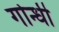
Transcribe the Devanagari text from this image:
गोन्धी